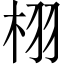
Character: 栩